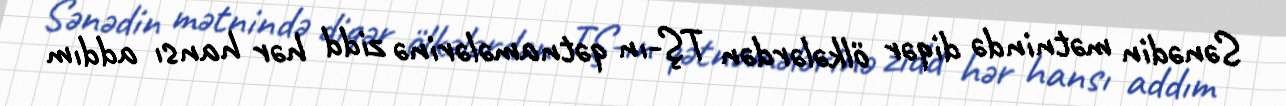
Sənədin mətnində diqər ölkələrdən TŞ-ın qətnamələrinə zidd hər hansı addım